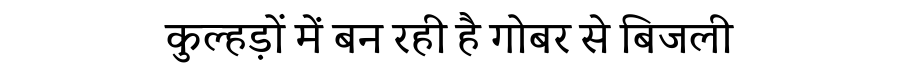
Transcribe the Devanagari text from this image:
कुल्हड़ों में बन रही है गोबर से बिजली